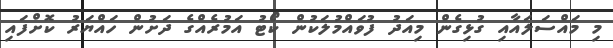
މި މައްސަލައާއި ގުޅިގެން މިއަދު ފުވައްމުލަކުން ކޯޓު އަމުރެއްގެ ދަށުން ހައްޔަރު ކޮށްފައި